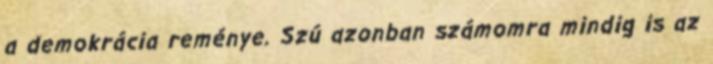
a demokrácia reménye. Szú azonban számomra mindig is az